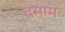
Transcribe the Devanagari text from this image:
दमाम